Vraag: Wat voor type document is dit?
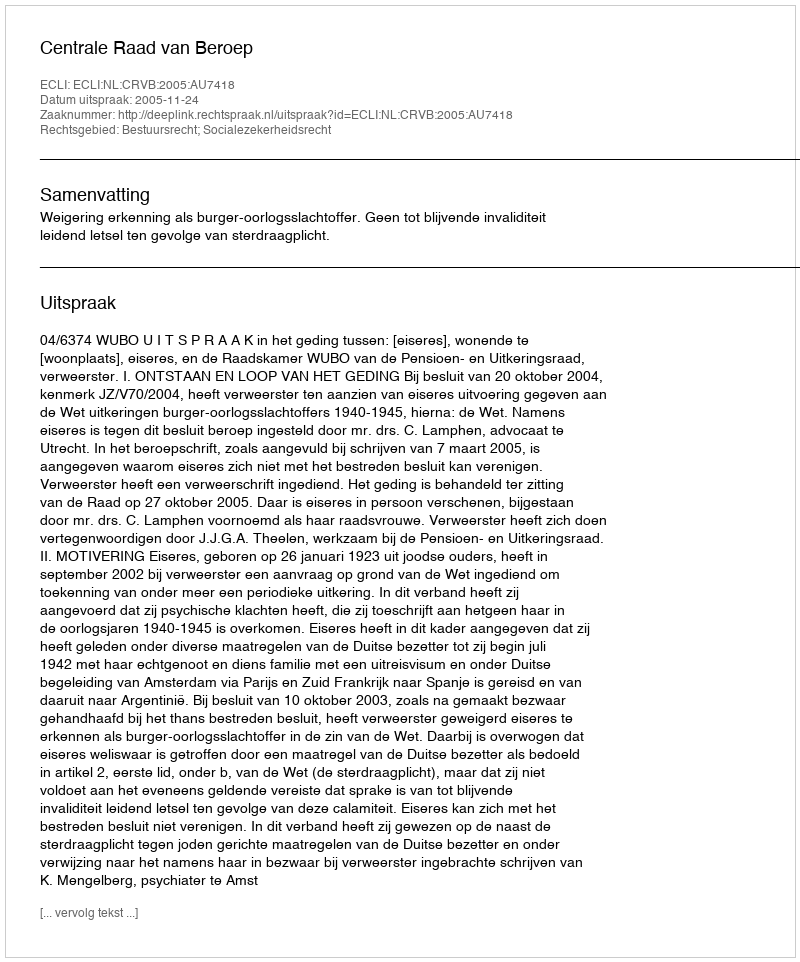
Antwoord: Uitspraak